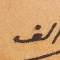
الف